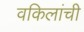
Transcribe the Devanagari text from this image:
वकिलांची